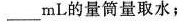
__mL的量筒量取水；